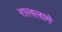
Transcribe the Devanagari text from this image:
राललागे